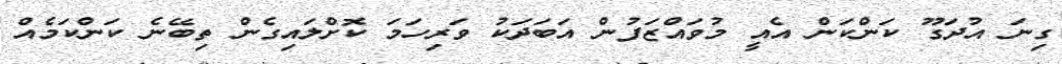
ގިނަ އުދަގޫ ކަންކަން އެއީ މުވައްޒަފުން އަބަދަކު ވަރިހަމަ ކޮށްލައިގެން ތިބޭނެ ކަންކަމެއް